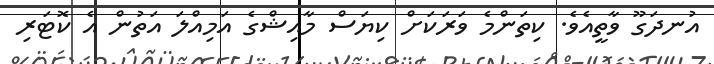
އުނދަގޫ ވާތީއެވެ. ކިތަންމެ ވަރަކަށް ކިޔަސް މާއިޝްގެ އަމިއްލަ އަތުން އެ ކޮޓަރި